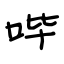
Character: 哔